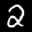
Label: 2